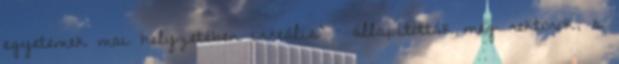
egyetemek mai helyzetében irreális” – állapították meg rektorok, s